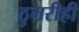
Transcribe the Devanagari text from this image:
ठुमरीही